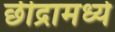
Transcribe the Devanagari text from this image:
छीद्रामध्ये